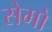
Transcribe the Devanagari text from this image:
सेमो